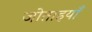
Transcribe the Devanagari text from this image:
जोताइयाँ